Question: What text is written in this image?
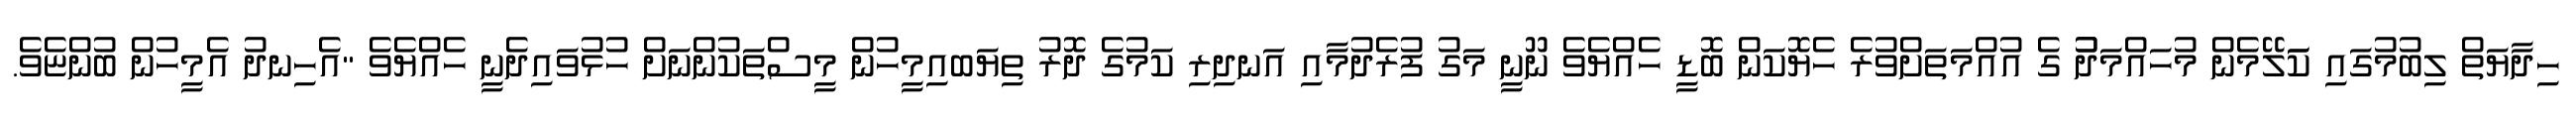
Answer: ހިދާޔަތް ލިބުމުގައި ކަަލޭމެން މުހައްމަދުު ގެ އުއްމަތަށްވުރެ ހެޔޮކަން ބޮޑީ ހެއްޔެވެ ނޫނީ މަގު ފުރެދުމާއި އަނދިރި ކަމުގެ ދޮރު ތިޔަބއިމީހުން މީސްތަކުންނަށް ހުޅުވައިދެނީ ހެއްޔެވެ "އެހިނދު އެމީހުން ބުންޏެވެ.